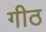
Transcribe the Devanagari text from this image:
गीठ